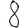
Digit: 8